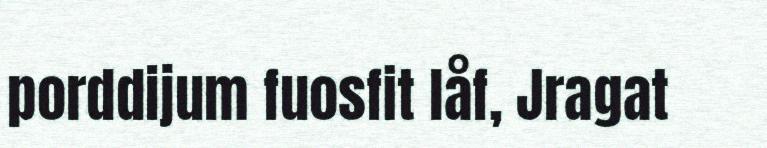
porddijum fuosfit låf, Jragat